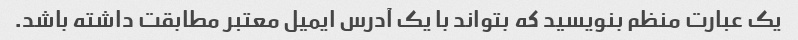
یک عبارت منظم بنویسید که بتواند با یک آدرس ایمیل معتبر مطابقت داشته باشد.